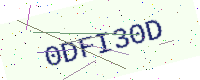
Text: 0DFI30D